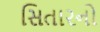
સિતારનો